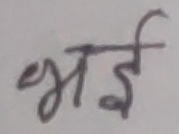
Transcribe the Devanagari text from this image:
भाई